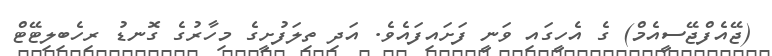
(ޖޭއެފްޖޭސީއެމް) ގެ އެހީގައި ވަނީ ފަށައިފައެވެ. އަދި ތިލަފުށީގެ މިހާރުގެ ގޮނޑު ރިހެބިލިޓޭޓް